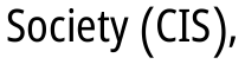
Society (CIS),